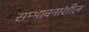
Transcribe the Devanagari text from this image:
सम्भावनाशील